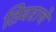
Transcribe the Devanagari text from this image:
तिवराचे